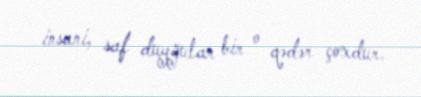
insani, saf duyğular bir o qədər çoxdur.